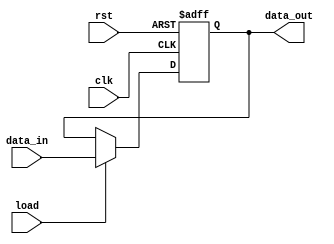
// This program was cloned from: https://github.com/the-pinbo/RISC-SPM
// License: MIT License

/*Instruction Register
Stores the instruction to be executed
Format
instruction[7:4] := opcode
instruction[3:2] := source
instruction[1:0] := destionation
*/

module Instruction_Register #(
  parameter word_size = 8
) (
    // data_out := instruction
    output reg [word_size-1: 0] data_out,
    // data_in := Bus_2
    input [word_size-1: 0] data_in,
    // load := Load_IR
    input load,
    input clk, rst
);
    always @ (posedge clk or negedge rst)
    if (rst == 0) 
        data_out <= 0; 
    else if (load) 
        data_out <= data_in; 
endmodule